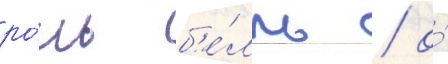
ро́ль б'е́лль / о́